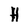
Character: H